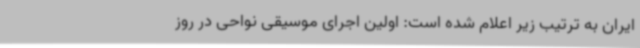
ایران به ترتیب زیر اعلام شده است: اولین اجرای موسیقی نواحی در روز